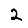
Digit: 2